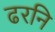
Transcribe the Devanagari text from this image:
ढरनि